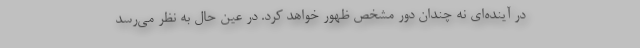
در آینده‌ای نه چندان دور مشخص ظهور خواهد کرد. در عین حال به نظر می‌رسد